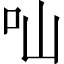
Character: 𠮿